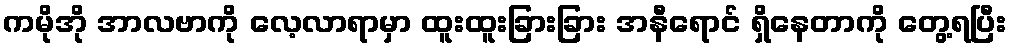
ကမိုအို အာလဗာကို လေ့လာရာမှာ ထူးထူးခြားခြား အနီရောင် ရှိနေတာကို တွေ့ရပြီး